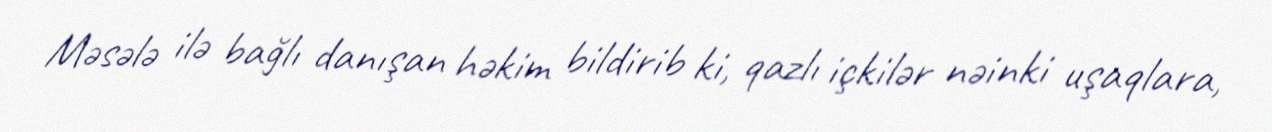
Məsələ ilə bağlı danışan həkim bildirib ki, qazlı içkilər nəinki uşaqlara,